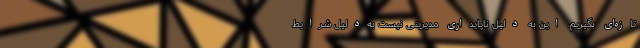
تازه‌ای بگیریم. این به‌ دلیل ناپایداری مدیریتی نیست به‌دلیل شرایط